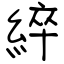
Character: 綷